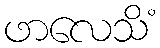
ဖာလေသိံ